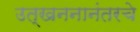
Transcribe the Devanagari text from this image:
उत्खननानंतरचे